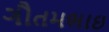
ગૌતમભાઇ